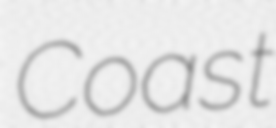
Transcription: Coast